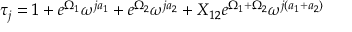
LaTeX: \tau _ { j } = 1 + e ^ { \Omega _ { 1 } } \omega ^ { j a _ { 1 } } + e ^ { \Omega _ { 2 } } \omega ^ { j a _ { 2 } } + X _ { 1 2 } e ^ { \Omega _ { 1 } + \Omega _ { 2 } } \omega ^ { j ( a _ { 1 } + a _ { 2 } ) }